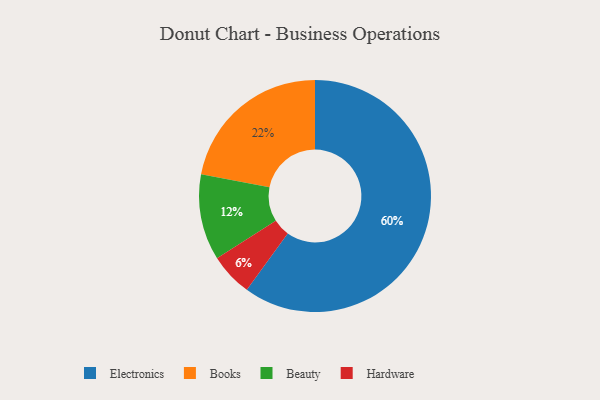
{"axis": {"x": "Category", "y": "Percentage"}, "legend": ["Beauty", "Books", "Electronics", "Hardware"], "data": [{"x": "Beauty", "y": 12, "type": "Beauty"}, {"x": "Books", "y": 22, "type": "Books"}, {"x": "Hardware", "y": 6, "type": "Hardware"}, {"x": "Electronics", "y": 60, "type": "Electronics"}]}